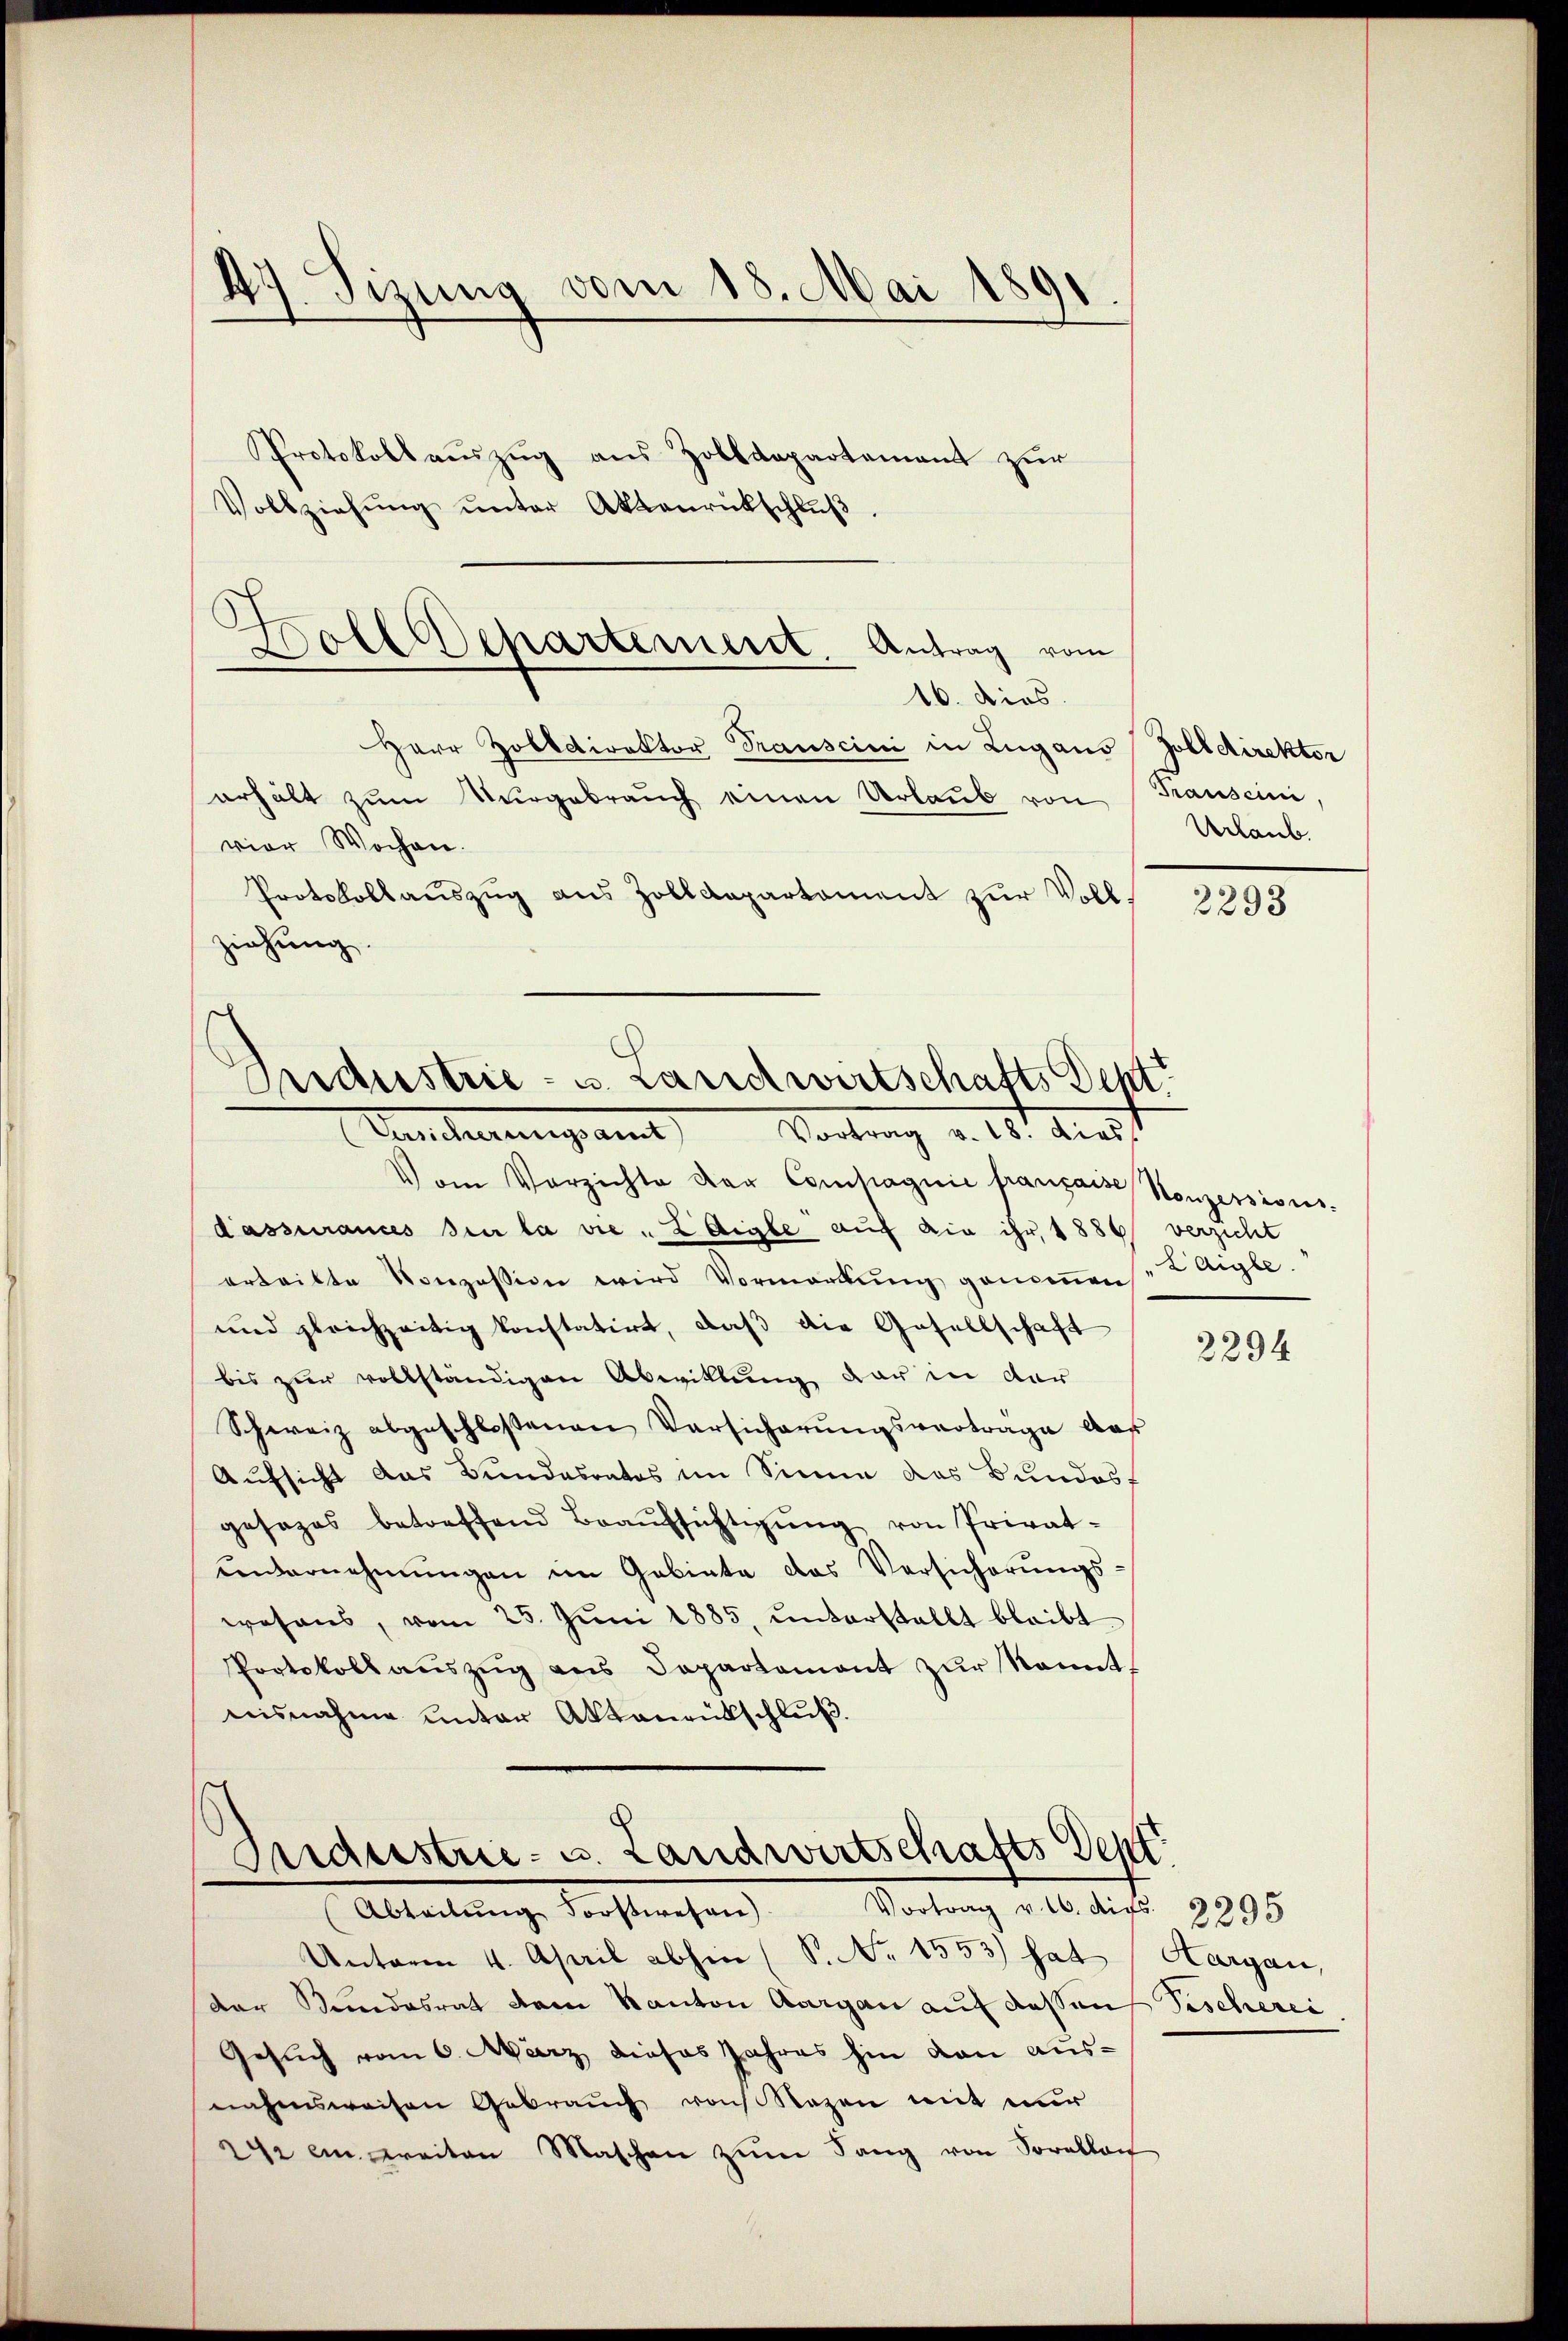
47. Sizung vom 18. Mai 1891

Protokollauszug aus Zolldepartement zur
Vollziehŭng ŭnter Aktenrückschlŭβ.
Herr Zolldirektor Transcini in Lugaus Zolldirektor
erhält zum Vergebrauch einen Urlaub von Tauseini
vier Wochen.
Protokollauszug aus Zolldepartament zŭr Vollziehung.

Holldepartement. Antrag vom
16. dies

Industrie- u. Landwirtschafts Deht
Vortrag v. 18. dies
Kuchengesamt

Vom Verzichte der Compagnie franzaise Konzessions-
dassurances die la vie „LAigle auf ein ihr, 1886 verzicht
erteilte Konzession wird Vormerkŭng geneṅen
und gleichzeitig konstatirt, daβ die Gesellschaft
bis zur vollständigen Abwitlung dar in der
Schweiz abgeschlossenen Versicherŭngsvertrage das
Aufsicht das Bundesrates im Sinne das Bundest
gesezes betreffend Beaŭfsichtigŭng von Privat-
unternehmungen im Gebiete das Versicherŭngs-
wesens, vom 25. Jŭni 1885, ŭnterstellt bleibt
Protokoll aŭszŭg ans Departament zŭr kannt.
nisnahme unter Aktenrütschluß.

Industrie- u. Landwirtschafts Sept
Abteilŭng Forstwesen. Vortrag v. 16. Aigs. 3995

Unterm 4. April abhin (S. Nr. 1553) hat Aargau,
der Kindesrat dem Kanton Aargau auf dessen Tischerei
Gesuch vom 6. März dieses Jahres hin von ausnahmsweisen Gebrauch von Rezen mit nur
24 ein weiten Maschen zŭm Sang von Sorellan

Urlaub.

2293

LAigle.

2294